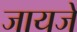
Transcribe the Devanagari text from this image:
जायजे